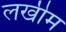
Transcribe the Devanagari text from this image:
लखीम